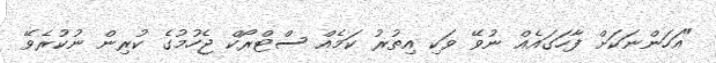
"އަހަންނަކަށް ފާހަގައެއް ނުވޭ ވަކި އިތުރު ކަމެއް ސްޓްރޯކް ޖެހުމުގެ ކުރިން ނުކުރެވޭ